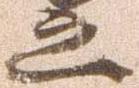
之